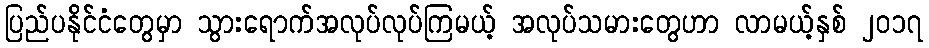
ပြည်ပနိုင်ငံတွေမှာ သွားရောက်အလုပ်လုပ်ကြမယ့် အလုပ်သမားတွေဟာ လာမယ့်နှစ် ၂၀၁၇